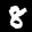
Label: 8